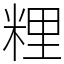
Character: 粴